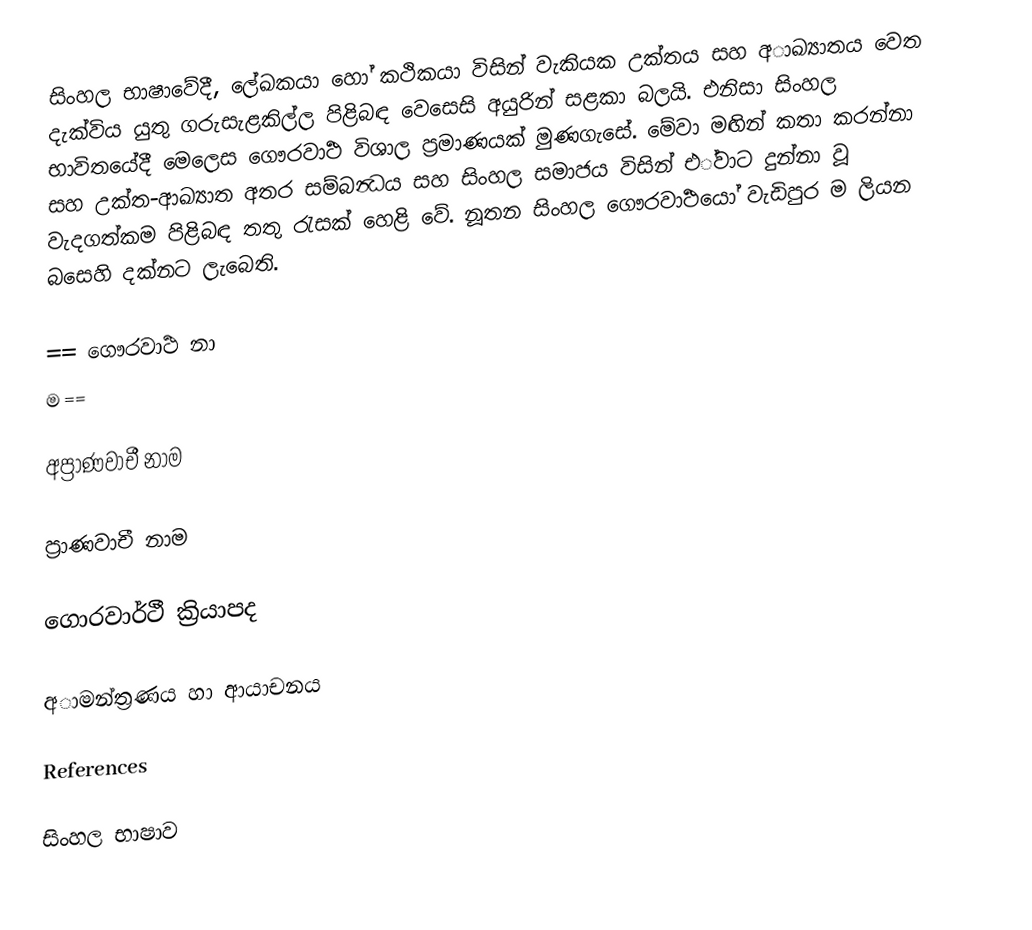
සිංහල භාෂාවේදී, ලේඛකයා හෝ කථිකයා විසින් වැකියක උක්තය සහ අාඛ්‍යාතය වෙත දැක්විය යුතු ගරුසැළකිල්ල පිළිබඳ වෙසෙසි අයුරින් සළකා බලයි. එනිසා සිංහල භාවිතයේදී මෙලෙස ගෞරවාර්‍ථ විශාල ප්‍රමාණයක් මුණගැසේ. මේවා මඟින් කතා කරන්නා සහ උක්ත-ආඛ්‍යාත අතර සම්බන්‍ධය සහ සිංහල සමාජය විසින් එ්වාට දුන්නා වූ වැදගත්කම පිළිබඳ තතු රැසක් හෙළි වේ. නූතන සිංහල ගෞරවාර්‍ථයෝ වැඩිපුර ම ලියන බසෙහි දක්නට ලැබෙති.

== ගෞරවාර්‍ථ නා
ම ==

අප්‍රාණවාචී නාම

ප්‍රාණවාචී නාම

ගොරවාර්ථී ක්‍රියාපද

අාමන්ත්‍රණය හා ආයාචනය

References

සිංහල භාෂාව